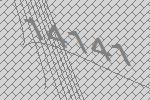
14141